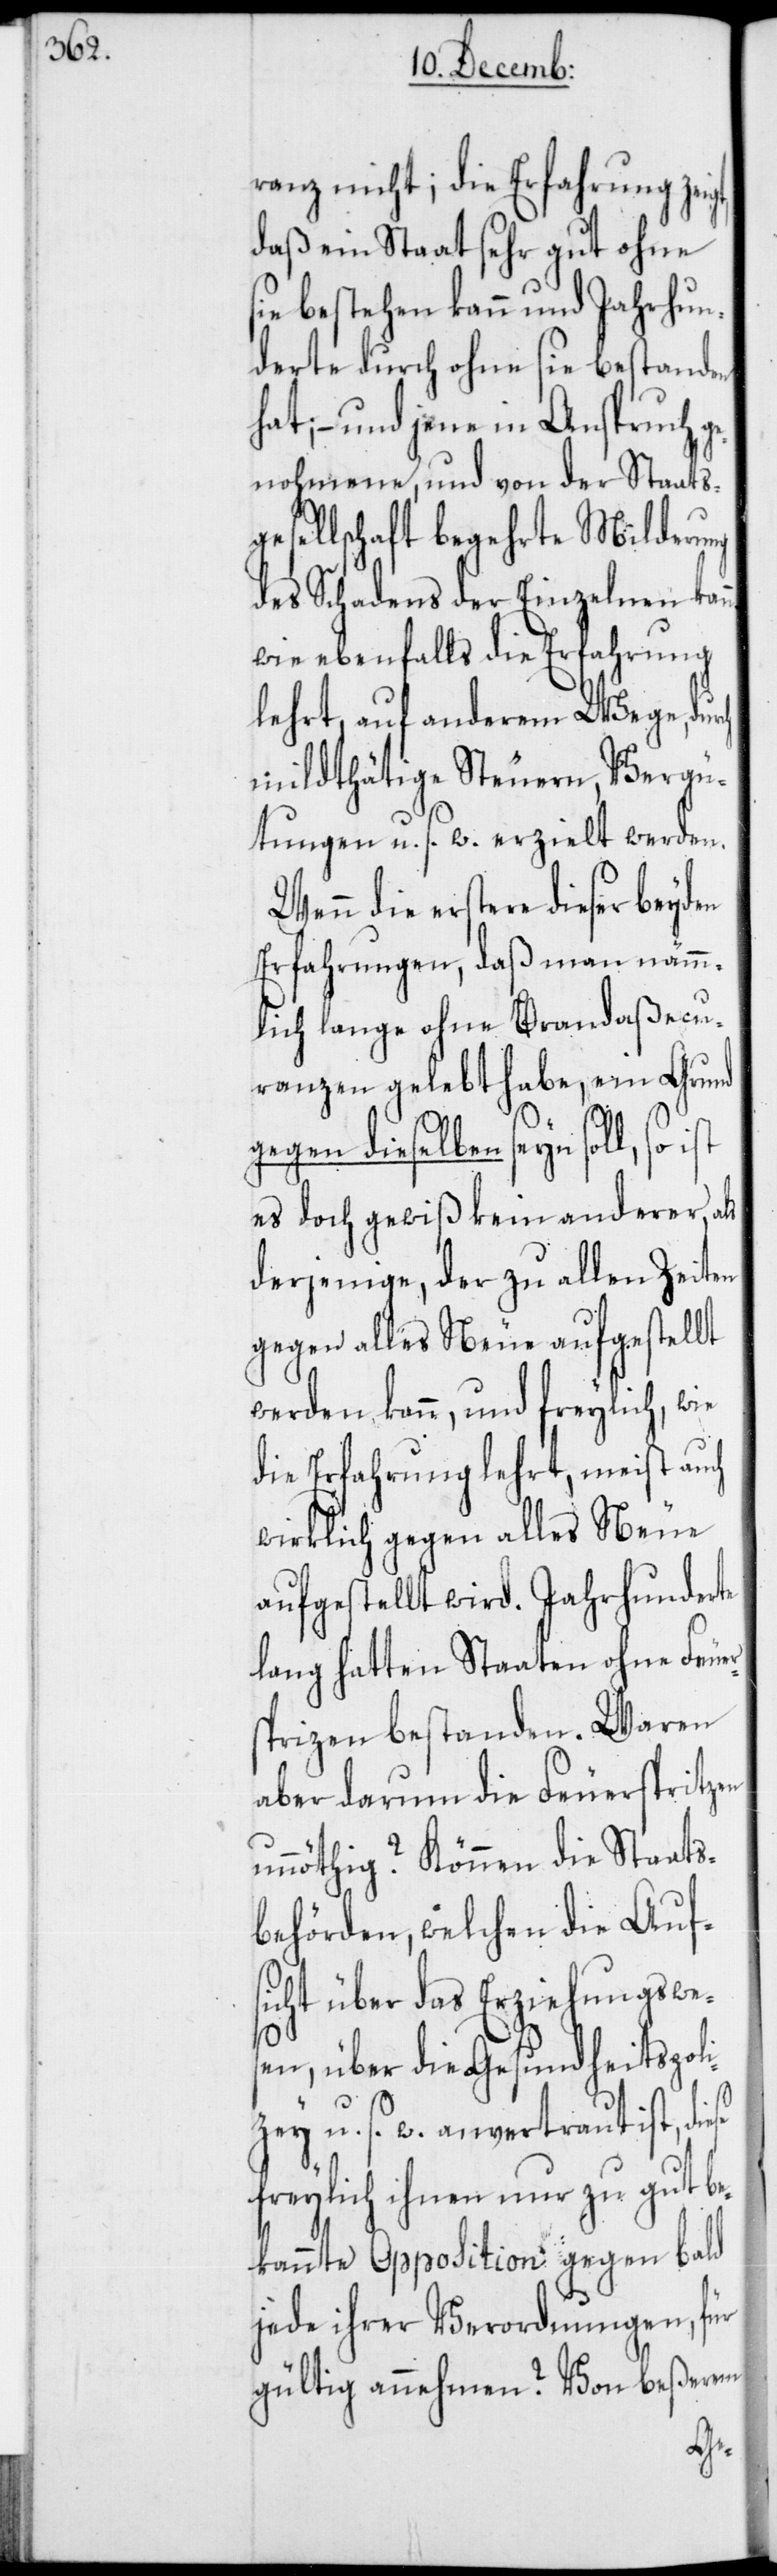
ranz nicht; die Erfahrung zei¬
daß ein Staat sehr gut ohne
sie bestehen kann und Jahrhun¬
derte durch ohne sie bestanden
hat; – und jene in Anspruch g¬
enohmene, und von der Staats¬
gesellschaft begehrte Milderung
des Schadens der Einzelnen kann
wie ebenfalls die Erfahrung
lehrt, auf anderem Wege, dur¬
mildthätige Steuern, Vergü¬
tungen u. s. w. erzielt werden.
Wenn die erstere dieser beyden
Erfahrungen, daß man nämm¬
lich lange ohne Brandaßecu¬
ranzen gelebt habe, ein Grund
gegen dieselben seyn soll, so
es doch gewiß kein anderer,
derjenige, der zu allen Zeiten
gegen alles Neue aufgestellt
werden kann, und freylich, wie
die Erfahrung lehrt, meist auch
wirklich gegen alles Neue
aufgestellt wird. Jahrhunderte
lang hatten Staaten ohne Feue¬
pritzen bestanden. Waren
aber darum die Feuerspritzen
unnöthig? Können die Staats¬
behörden, welchen die Aufs¬
icht über das Erziehungswes¬
en, über die Gesundheitspol¬
izey u. s. w. anvertraut ist, die¬
freylich ihnen nur zu gut be¬
kannte Opposition gegen bald
jede ihrer Verordnungen, für
gültig annehmen? Von beßerem
se